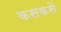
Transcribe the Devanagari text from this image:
कसकसें